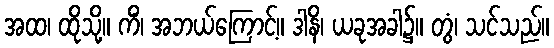
အထ၊ ထိုသို့။ ကိံ၊ အဘယ်ကြောင့်။ ဒါနိ၊ ယခုအခါ၌။ တွံ၊ သင်သည်။